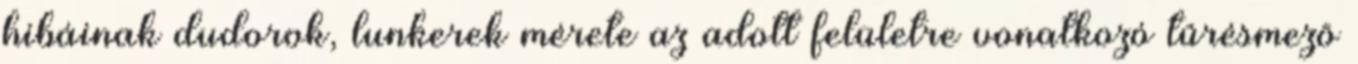
hibáinak dudorok, lunkerek mérete az adott felületre vonatkozó tûrésmezõ